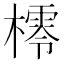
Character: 㯪